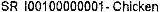
SR I00100000001- CHICKEN